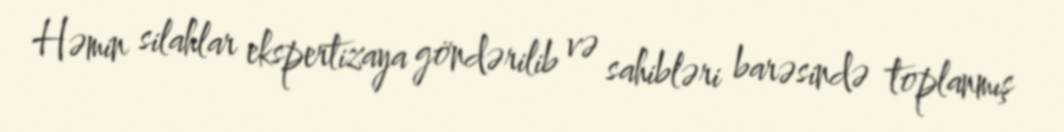
Həmin silahlar ekspertizaya göndərilib və sahibləri barəsində toplanmış